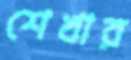
শেখার